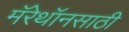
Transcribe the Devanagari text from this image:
मॅरेथॉनसाठी